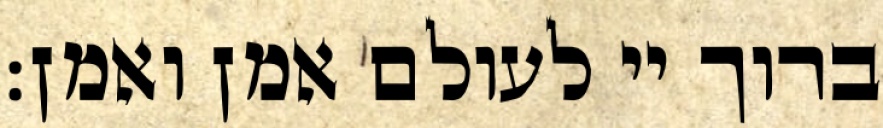
ברוך יי לעולם אמן ואמן: